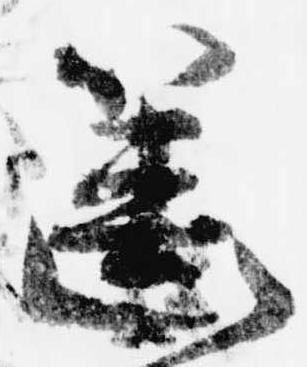
篋